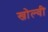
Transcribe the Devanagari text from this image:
खोल्वी